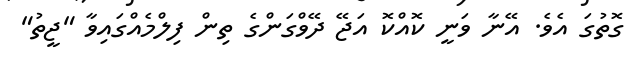
ގޮތުގަ އެވެ. އޭނާ ވަނީ ކޮއްކޮ އަޖޭ ދޭވްގަންގެ ތިން ފިލްމެއްގައިވާ "ޖީތު"